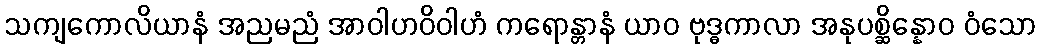
သကျကောလိယာနံ အညမညံ အာဝါဟဝိဝါဟံ ကရောန္တာနံ ယာဝ ဗုဒ္ဓကာလာ အနုပစ္ဆိန္နောဝ ဝံသော